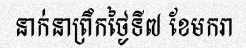
នាក់នាព្រឹកថ្ងៃទី៧ ខែមករា